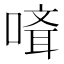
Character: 𠻎